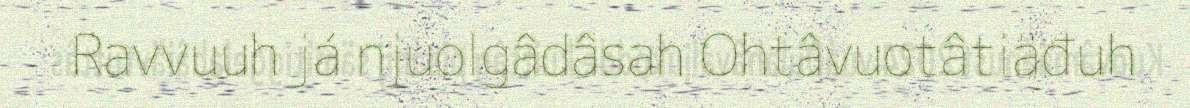
Ravvuuh já njuolgâdâsah Ohtâvuotâtiäđuh